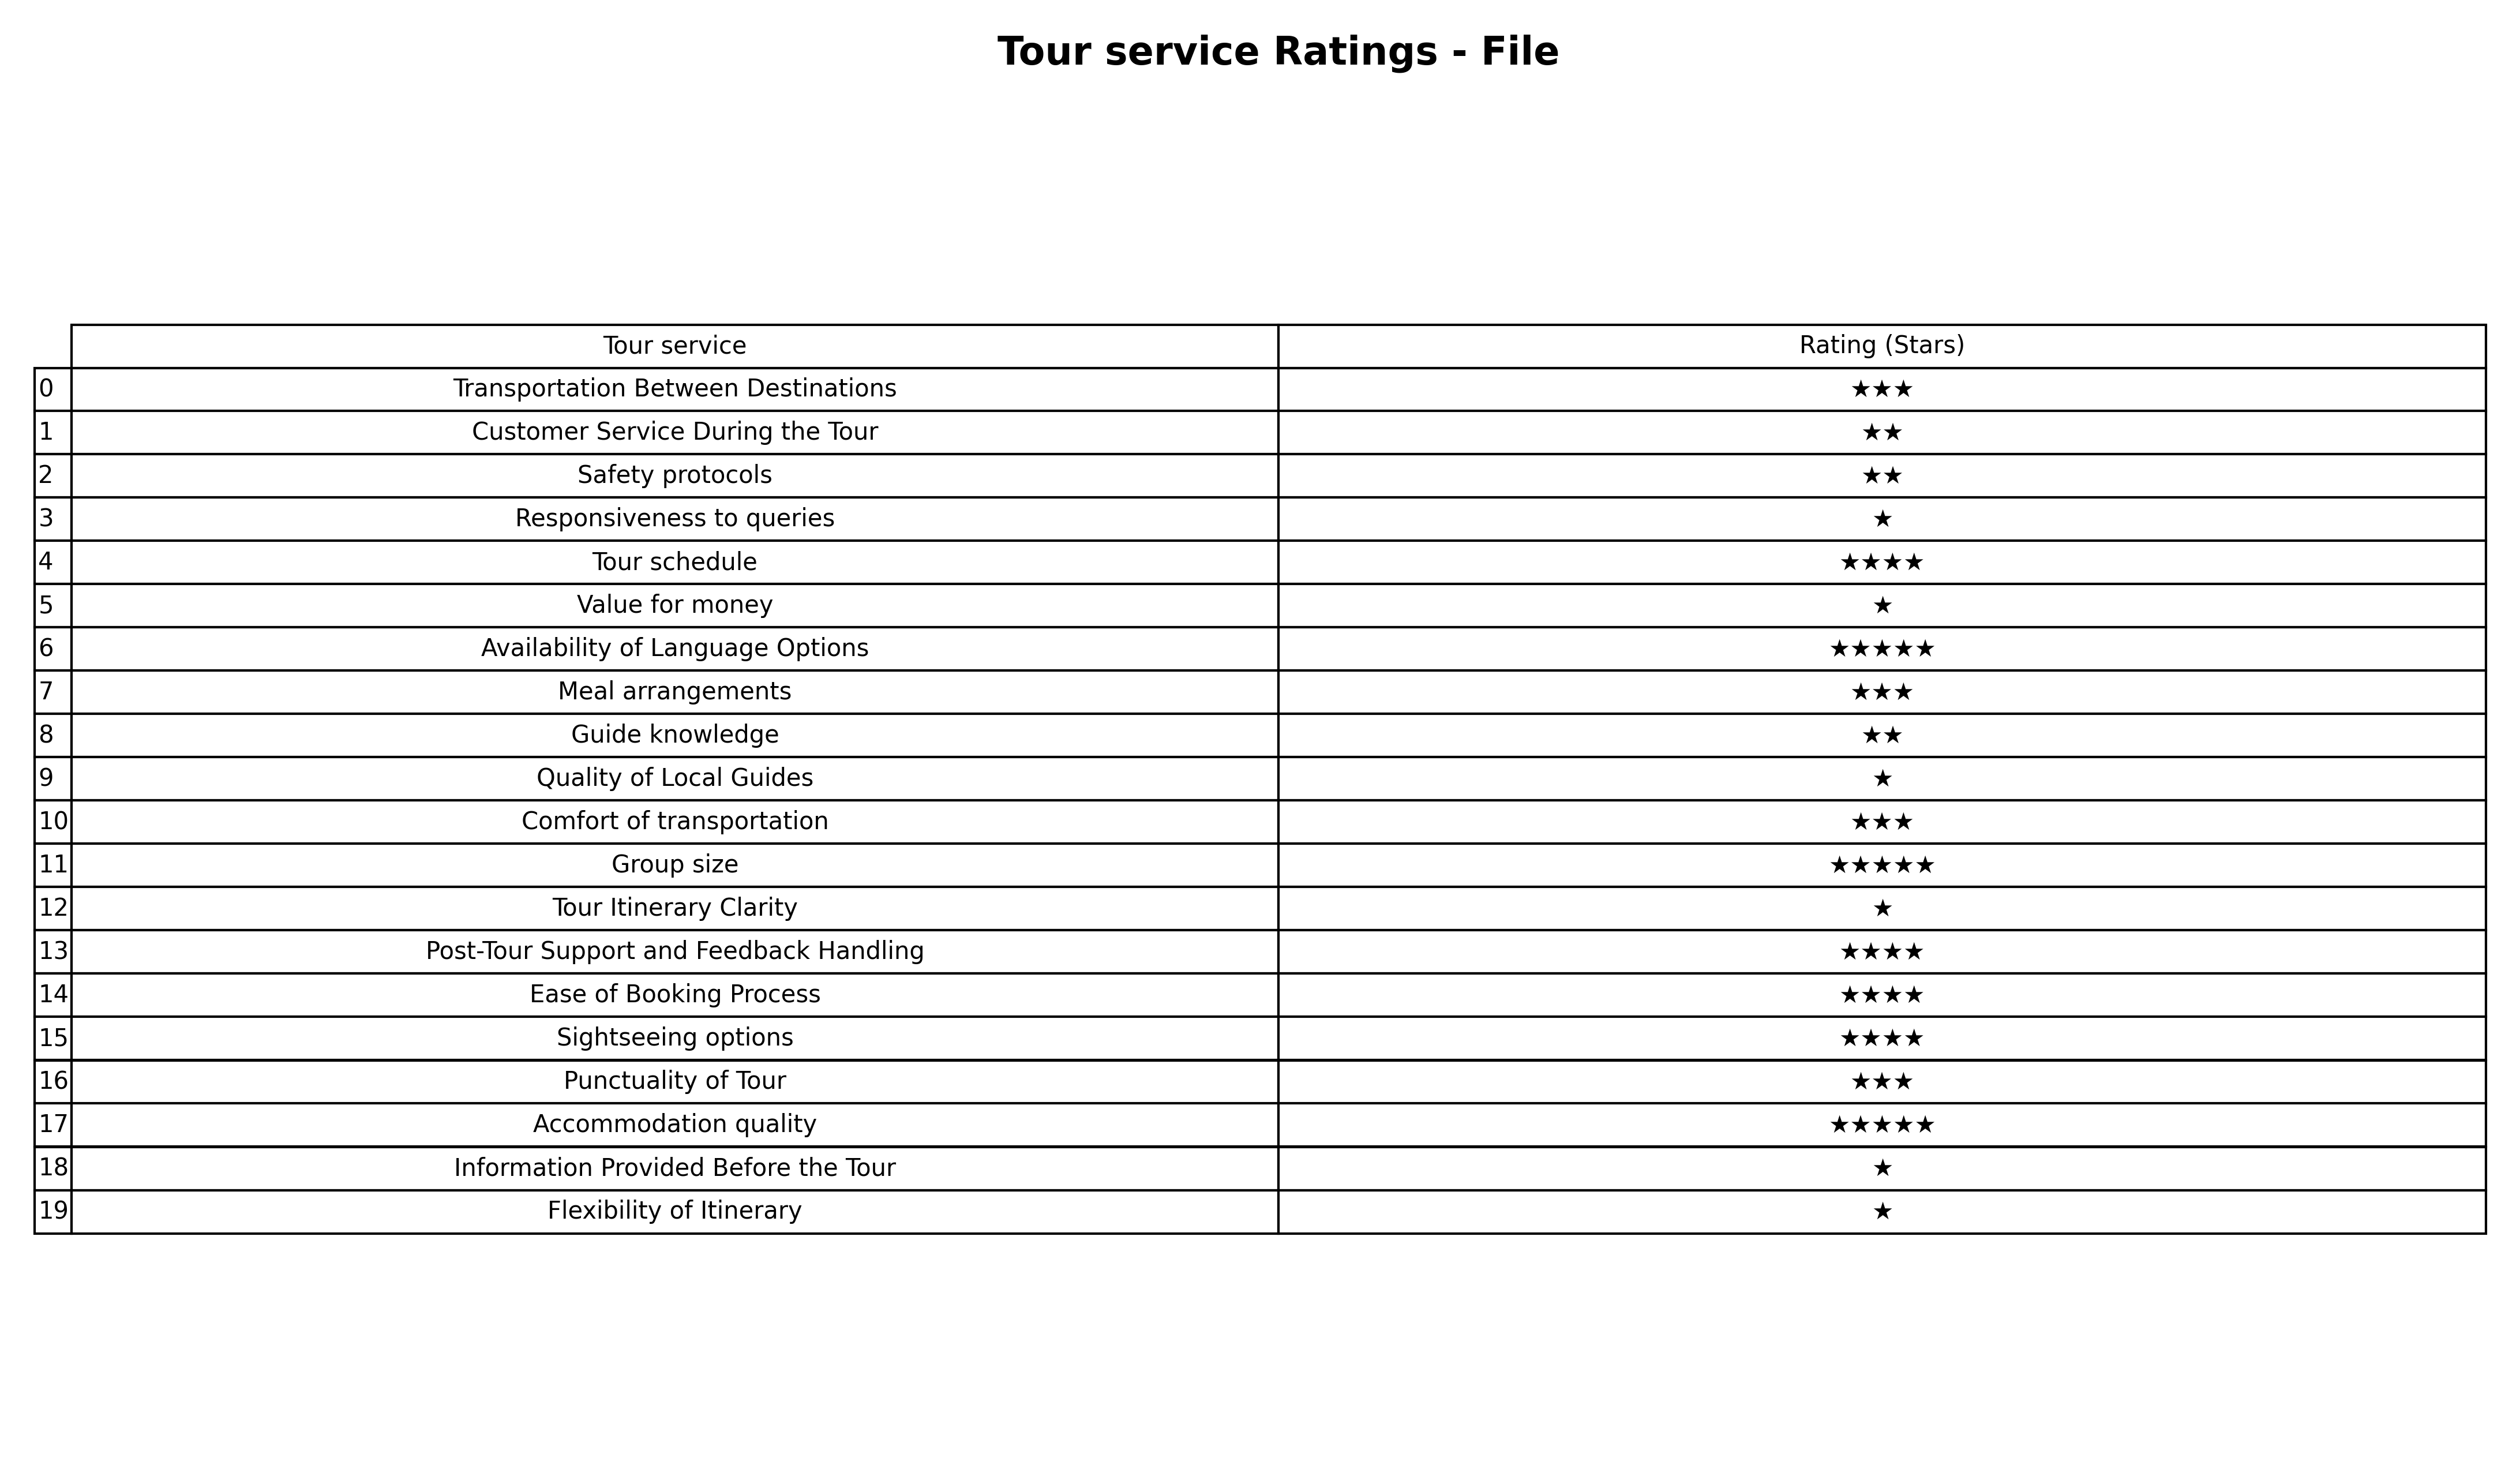
question: What is the rating of Flexibility of Itinerary?
answer: ★